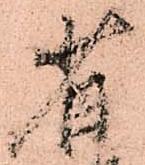
省